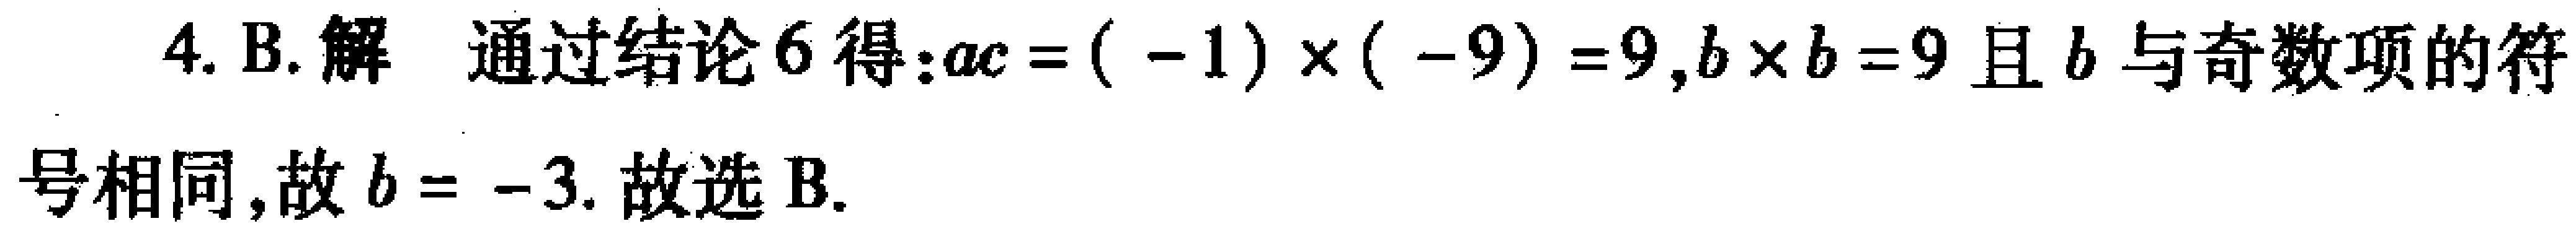
4. B. 解 通过结论6得：\(ac = (-1)\times(-9)=9\)，\(b\times b = 9\)且\(b\)与奇数项的符号相同，故\(b = -3\). 故选B.